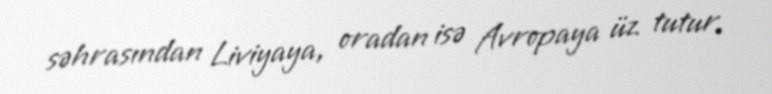
səhrasından Liviyaya, oradan isə Avropaya üz tutur.